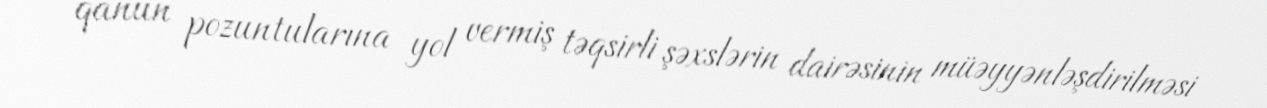
qanun pozuntularına yol vermiş təqsirli şəxslərin dairəsinin müəyyənləşdirilməsi